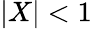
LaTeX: |X|<1